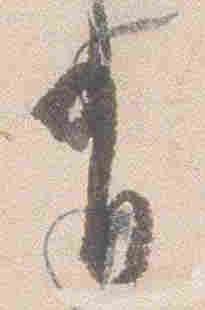
有